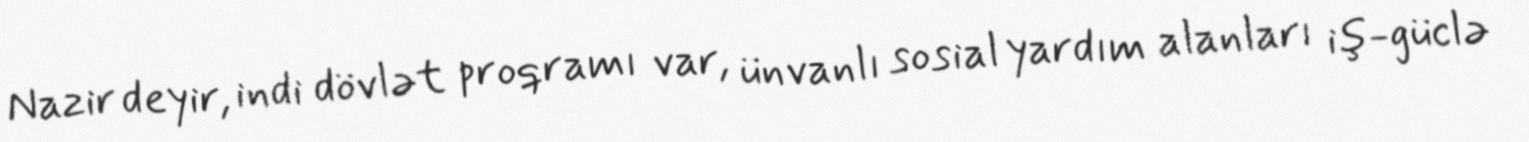
Nazir deyir, indi dövlət proqramı var, ünvanlı sosial yardım alanları iş-güclə